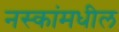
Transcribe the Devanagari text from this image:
नस्कांमधील